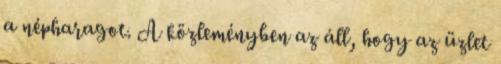
a népharagot. A közleményben az áll, hogy az üzlet